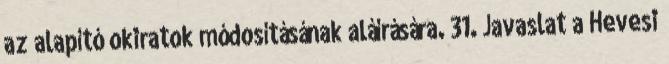
az alapító okiratok módosításának aláírására. 31. Javaslat a Hevesi